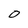
Character: O